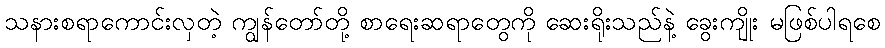
သနားစရာကောင်းလှတဲ့ ကျွန်တော်တို့ စာရေးဆရာတွေကို ဆေးရိုးသည်နဲ့ ခွေးကျိုး မဖြစ်ပါရစေ